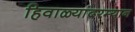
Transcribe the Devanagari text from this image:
हिवाळ्यांदरम्यान